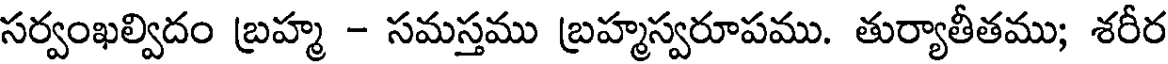
సర్వంఖల్విదం బ్రహ్మ - సమస్తము బ్రహ్మస్వరూపము. తుర్యాతీతము; శరీర